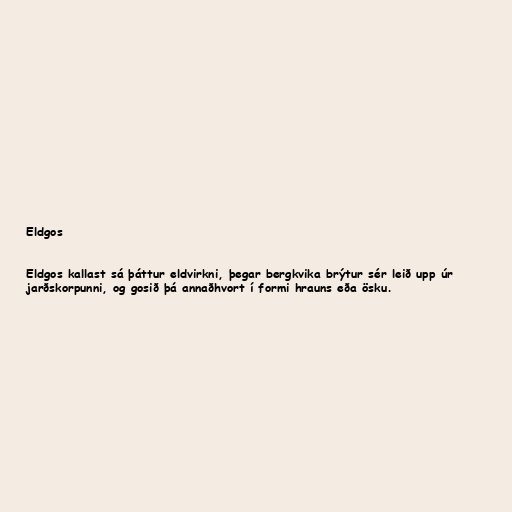
Eldgos

Eldgos kallast sá þáttur eldvirkni, þegar bergkvika brýtur sér leið upp úr
jarðskorpunni, og gosið þá annaðhvort í formi hrauns eða ösku.